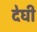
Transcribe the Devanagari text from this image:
देघी